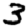
Digit: 3